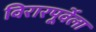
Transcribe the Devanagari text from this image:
विरारपूर्वेला